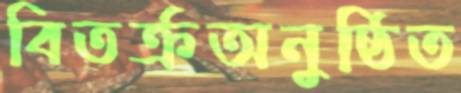
বিতর্ক্রঅনুষ্ঠিত